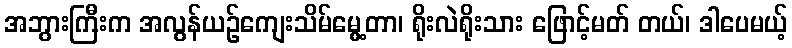
အဘွားကြီးက အလွန်ယဉ်ကျေးသိမ်မွေ့တာ၊ ရိုးလဲရိုးသား ဖြောင့်မတ် တယ်၊ ဒါပေမယ့်